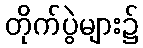
တိုက်ပွဲများ၌